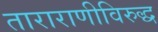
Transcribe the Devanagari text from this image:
ताराराणीविरुद्ध